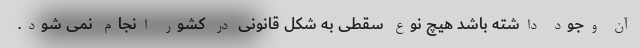
آن وجود داشته باشد هیچ نوع سقطی به شکل قانونی در کشور انجام نمی شود.